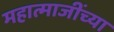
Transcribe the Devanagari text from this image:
महात्माजींच्या